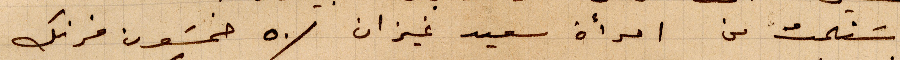
استملت من امرأة سعيد غيزان ٥٠ خمسون فرنك